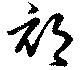
祁